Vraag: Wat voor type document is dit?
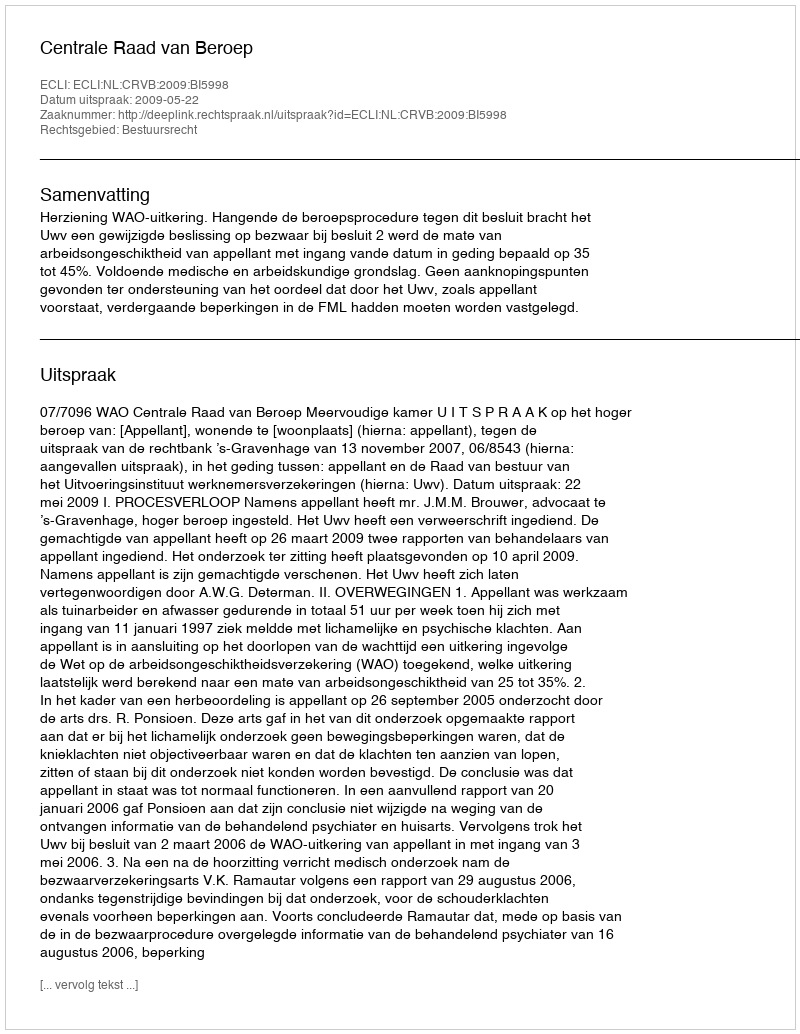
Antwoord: Uitspraak